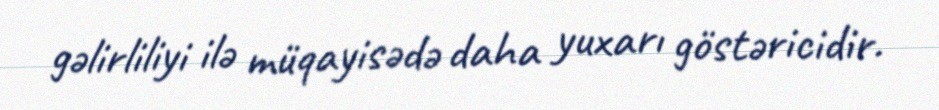
gəlirliliyi ilə müqayisədə daha yuxarı göstəricidir.